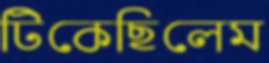
টিকেছিলেম